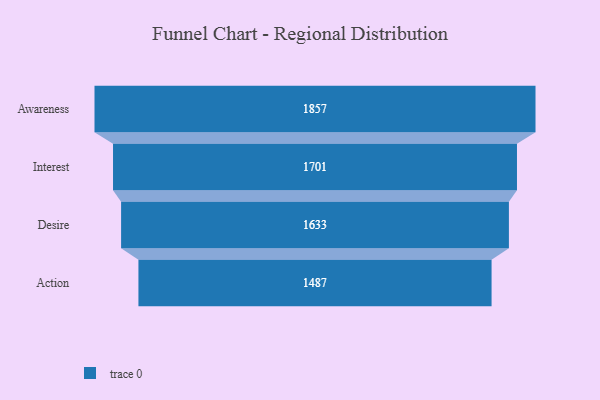
{"axis": {"x": "Stage", "y": "Value"}, "legend": [""], "data": [{"x": "Awareness", "y": 1857.0, "type": ""}, {"x": "Interest", "y": 1701.0, "type": ""}, {"x": "Desire", "y": 1633.0, "type": ""}, {"x": "Action", "y": 1487.0, "type": ""}]}